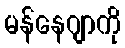
မန်နေဂျာကို